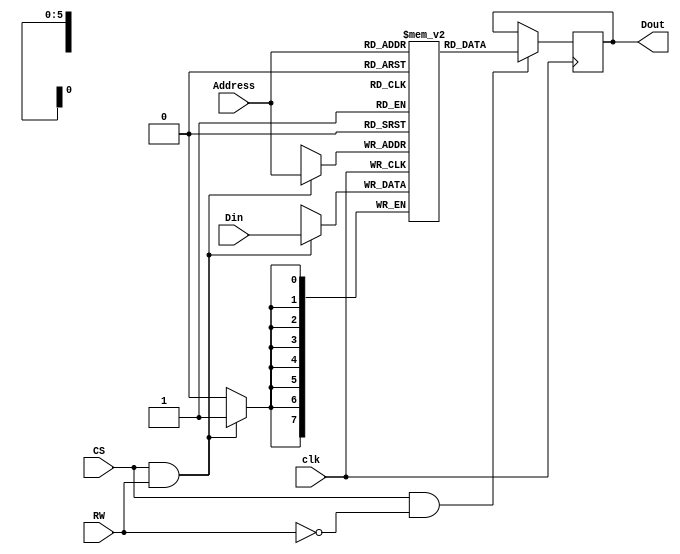
module Ram64x8 (Address, CS, Din, Dout, RW,clk);
input [5:0] Address;
input CS;
input RW;
input clk;
input [7:0] Din;
output [7:0] Dout;

reg [7:0] mem_array [63:0];

reg [7:0] mem_out; 

//write instruction
always@(posedge clk) begin
if (CS && RW) 
mem_array[Address] = Din;
end


//Read instruction
always@(posedge clk) begin
if (CS && ~RW)
mem_out = mem_array[Address];
end

assign Dout = mem_out;

endmodule